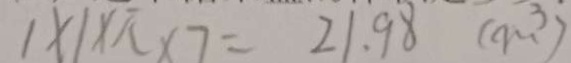
1 \times 1 \times \pi \times 7 = 2 1 . 9 8 ( m ^ { 3 } )